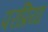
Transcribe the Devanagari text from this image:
परप्रिया